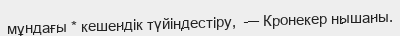
мұндағы * кешендік түйіндестіру,  — Кронекер нышаны.